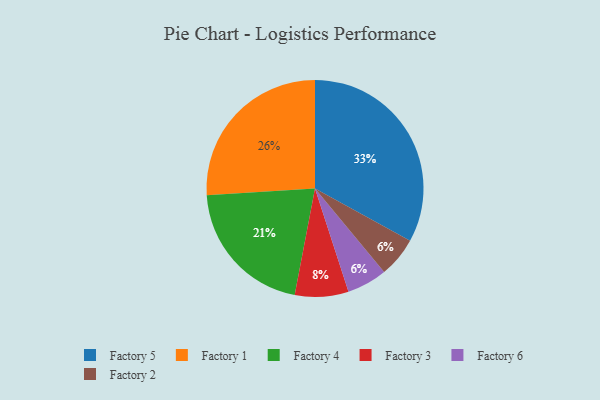
{"axis": {"x": "Category", "y": "Percentage"}, "legend": ["Factory 1", "Factory 2", "Factory 3", "Factory 4", "Factory 5", "Factory 6"], "data": [{"x": "Factory 1", "y": 26, "type": "Factory 1"}, {"x": "Factory 6", "y": 6, "type": "Factory 6"}, {"x": "Factory 2", "y": 6, "type": "Factory 2"}, {"x": "Factory 5", "y": 33, "type": "Factory 5"}, {"x": "Factory 4", "y": 21, "type": "Factory 4"}, {"x": "Factory 3", "y": 8, "type": "Factory 3"}]}